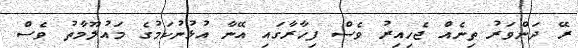
ރޭ ދަންވަރު ތިނެއް ޖެހިއިރު ވެސް ފިހާރާގައި އޭނާ އުޅުނުކަމުގެ މައުލޫމާތު ވެސް